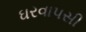
ઘરવાપસી